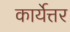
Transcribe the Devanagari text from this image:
कार्येत्तर